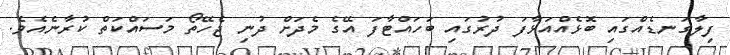
ފިލާގަނޑެއްގައި ބޮޅެއްއަޅާފަ ދުރުގައި ބަހައްޓާފަ އޭގެ މެދަށް ދުނި ޖެހޭތޯ މަސައްކަތް ކުރާނެއެވެ.